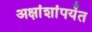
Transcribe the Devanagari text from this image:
अक्षांशांपर्यंत